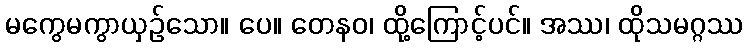
မကွေမကွာယှဉ်သော။ ပေ။ တေနဝ၊ ထို့ကြောင့်ပင်။ အဿ၊ ထိုသမဂ္ဂဿ